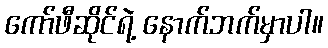
ကော်ဖီဆိုင်ရဲ့ နောက်ဘက်မှာပါ။